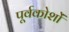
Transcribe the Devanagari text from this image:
पूर्वकोशों